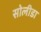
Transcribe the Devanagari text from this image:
सोलीडा